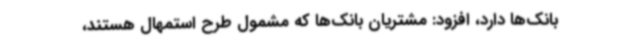
بانک‌ها دارد، افزود: مشتریان بانک‌ها که مشمول طرح استمهال هستند،